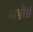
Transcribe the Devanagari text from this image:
नाही।।